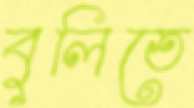
বুলিতে